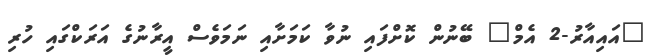
"އައިއާރު-2 އެމް" ބޭނުން ކޮށްފައި ނުވާ ކަމަށާއި ނަމަވެސް އީރާނުގެ އަރަކްގައި ހުރި